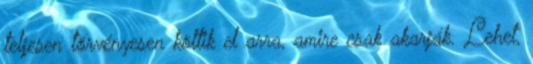
teljesen törvényesen költik el arra, amire csak akarják. Lehet,